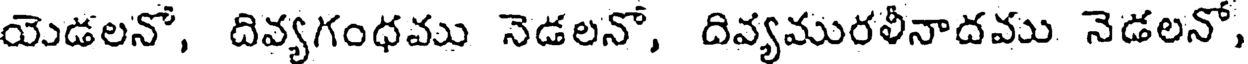
యెడలనో, దివ్యగంధము నెడలనో, దివ్యమురలీనాదము నెడలనో,